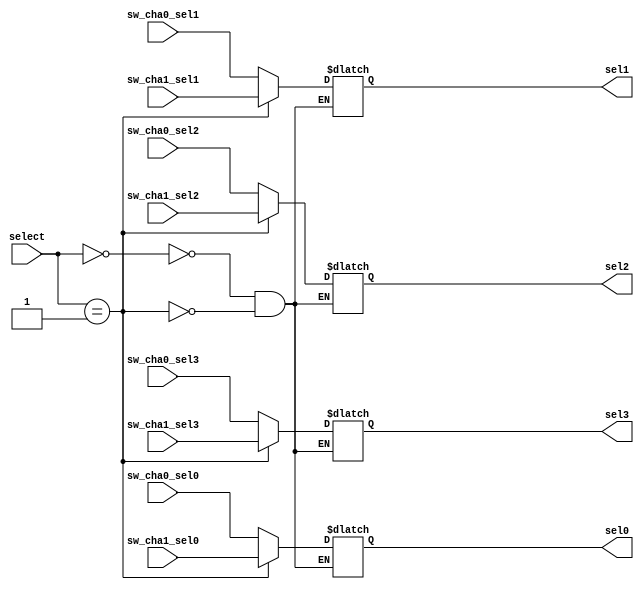
`timescale 1ns / 1ps
//////////////////////////////////////////////////////////////////////////////////
// Company: 
// Engineer: 
// 
// Design Name: 
// Module Name: AddrMultiplexer
// Project Name: 
// Target Devices: 
// Tool Versions: 
// Description: 
// 
// Dependencies: 
// 
// Revision:
// Revision 0.01 - File Created
// Additional Comments:
// 
//////////////////////////////////////////////////////////////////////////////////

//bit4 16to1 Mux

module AddrMultiplexer(
    input sw_cha0_sel3,
    input sw_cha0_sel2,
    input sw_cha0_sel1,
    input sw_cha0_sel0,
    
    input sw_cha1_sel3,
    input sw_cha1_sel2,
    input sw_cha1_sel1,
    input sw_cha1_sel0,
    
    input [3:0]select,
    
    output reg sel3,
    output reg sel2,
    output reg sel1,
    output reg sel0
    );
    
    always @( sw_cha0_sel3 or sw_cha0_sel2 or sw_cha0_sel1 or sw_cha0_sel0 or sw_cha1_sel3 or sw_cha1_sel2 or sw_cha1_sel1 or sw_cha1_sel0 or select )begin
        case( select )
            0 : begin
                sel3 = sw_cha0_sel3;
                sel2 = sw_cha0_sel2;
                sel1 = sw_cha0_sel1;
                sel0 = sw_cha0_sel0;
            end
            1 : begin
                sel3 = sw_cha1_sel3;
                sel2 = sw_cha1_sel2;
                sel1 = sw_cha1_sel1;
                sel0 = sw_cha1_sel0;
            end
        endcase
    end
endmodule